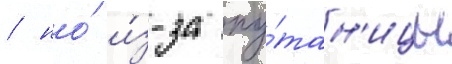
/ но́ и́з-за пу́тан'ицы